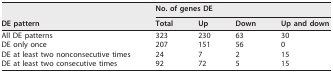
| <ROWSPAN=2> DE pattern | <COLSPAN=4> No. of genes DE |
 | Total | Up | Down | Up and down |
 | --- | --- | --- | --- | --- |
 | All DE patterns | 323 | 230 | 63 | 30 |
 | DE only once | 207 | 151 | 56 | 0 |
 | DE at least two nonconsecutive times | 24 | 7 | 2 | 15 |
 | DE at least two consecutive times | 92 | 72 | 5 | 15 |